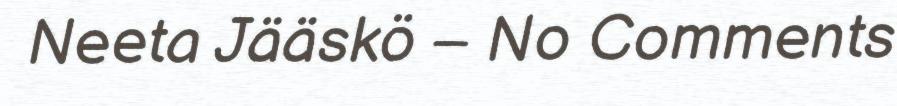
Neeta Jääskö – No Comments